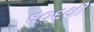
૬૦૬થી